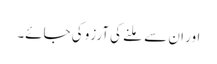
اور ان سے مِلنے کی آرزو کی جائے۔